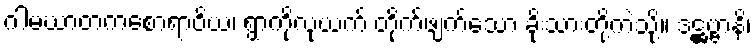
ဂါမဃာတကစောရာဝိယ၊ ရွာကိုလုယက် တိုက်ဖျက်သော ခိုးသားတို့ကဲ့သို့။ ဒဋ္ဌဗ္ဗာနိ၊